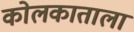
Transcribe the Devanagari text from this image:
कोलकाताला